Civil Veterinary Dept. Bombay admin report 1900-1906 - 1900-1906
Year: 1900
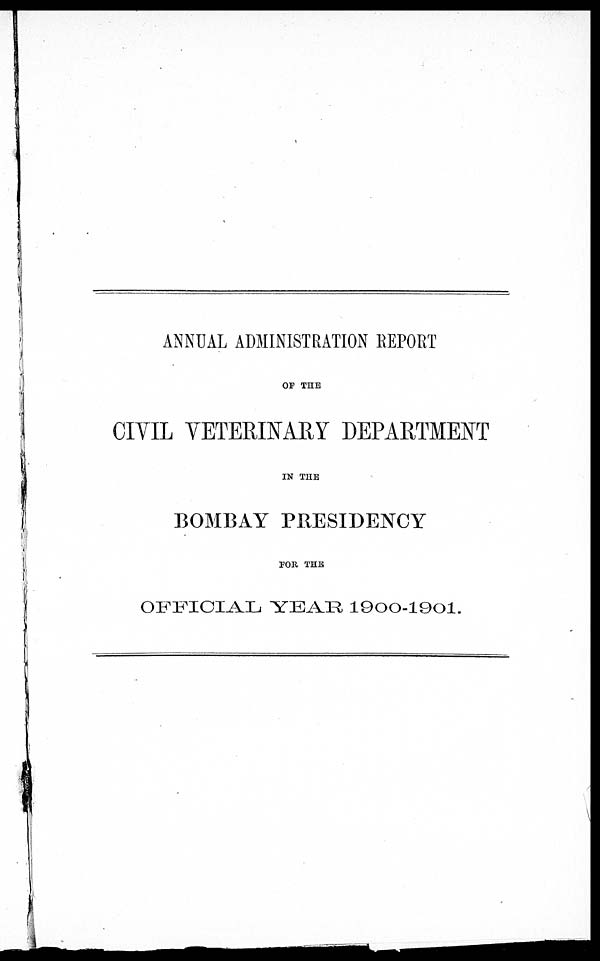
ANNUAL ADMINISTRATION REPORT
OF THE
CIVIL VETERINARY DEPARTMENT
IN THE
BOMBAY PRESIDENCY
FOR THE
OFFICIAL YEAR 1900-1901.